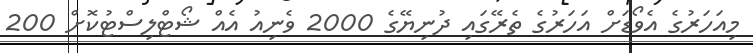
މިއަހަރުގެ އެވޯޑަށް އަހަރުގެ ތެރޭގައި ދުނިޔޭގެ 2000 ވެނިއު އެއް ޝޯޓްލިސްޓުކޮށް 200